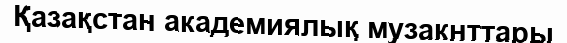
Қазақстан академиялық музакнттары